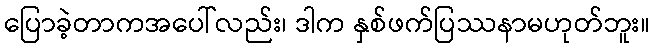
ပြောခဲ့တာကအပေါ်လည်း၊ ဒါက နှစ်ဖက်ပြဿနာမဟုတ်ဘူး။